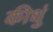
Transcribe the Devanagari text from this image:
कीधुं